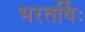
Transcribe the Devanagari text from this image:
भरतर्षिः